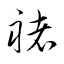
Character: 褚